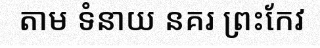
តាម ទំនាយ នគរ ព្រះកែវ